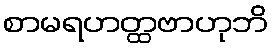
စာမရဟတ္ထဗာဟုဘိ